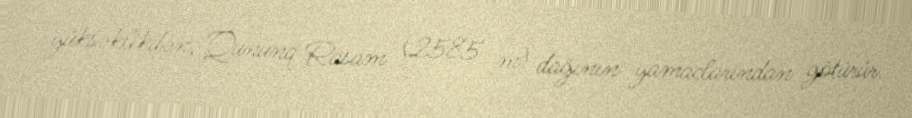
yüksəklikdən, Qununq Rasam (2585 m) dağının yamaclarından götürür.